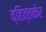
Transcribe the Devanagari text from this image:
व्हित्तकेर